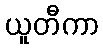
ယူတီကာ